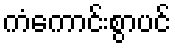
ကံကောင်းစွာပင်